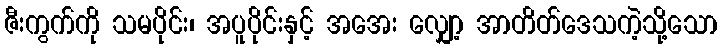
ဇီးကွက်ကို သမပိုင်း၊ အပူပိုင်းနှင့် အအေး လျှော့ အာတိတ်ဒေသကဲ့သို့သော